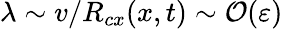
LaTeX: \lambda\sim v/R_{cx}(x,t)\sim\mathcal{O}(\varepsilon)